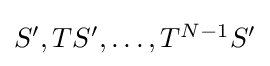
{\textstyle S',TS',\dots ,T^{N-1}S'}